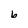
Character: b